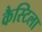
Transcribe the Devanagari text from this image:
कैस्टिला